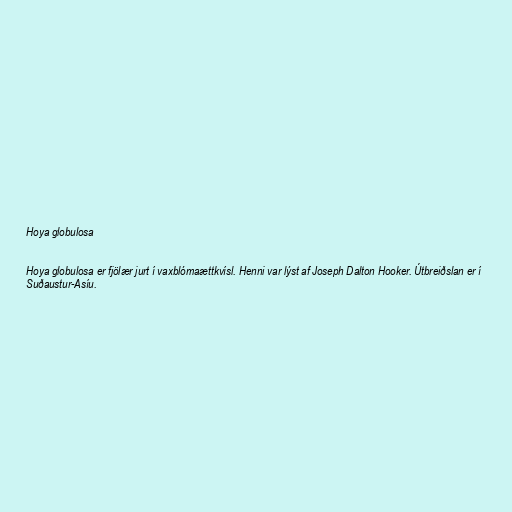
Hoya globulosa

Hoya globulosa er fjölær jurt í vaxblómaættkvísl. Henni var lýst af Joseph Dalton Hooker. Útbreiðslan er í
Suðaustur-Asíu.